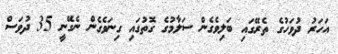
އަހަރު ދުވަހުގެ ތެރޭގައި ބަލިވެގެން ސަލާމުގެ ގޮތުގައި ގިނަވެގެން ނެގޭނީ 35 ދުވަސް